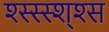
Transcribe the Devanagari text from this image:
श्स्स्स्श्श्स